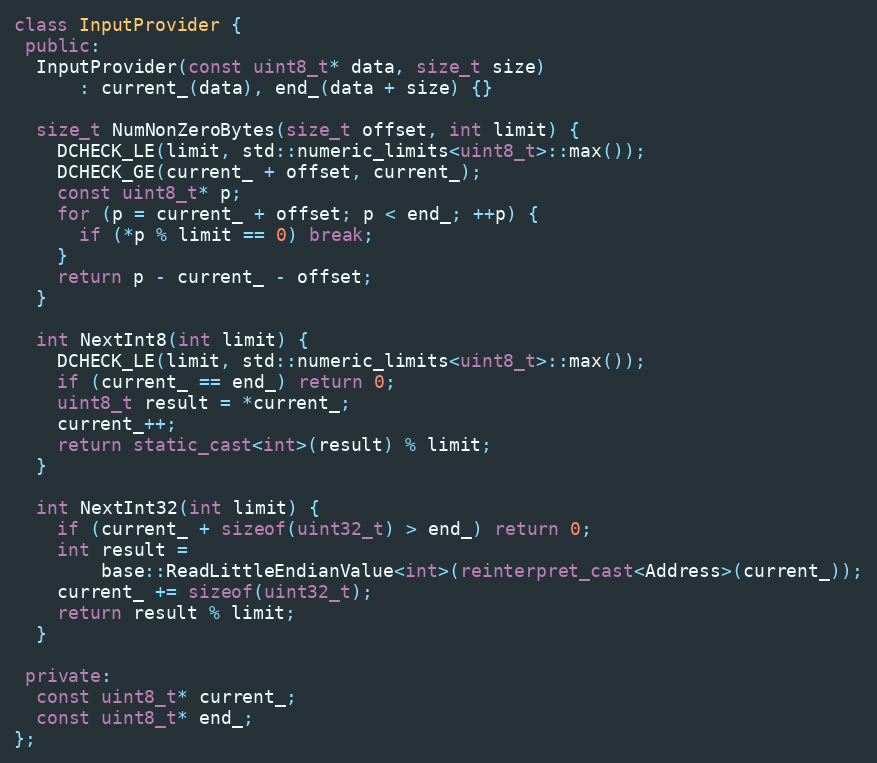
Language: C++
class InputProvider {
 public:
  InputProvider(const uint8_t* data, size_t size)
      : current_(data), end_(data + size) {}

  size_t NumNonZeroBytes(size_t offset, int limit) {
    DCHECK_LE(limit, std::numeric_limits<uint8_t>::max());
    DCHECK_GE(current_ + offset, current_);
    const uint8_t* p;
    for (p = current_ + offset; p < end_; ++p) {
      if (*p % limit == 0) break;
    }
    return p - current_ - offset;
  }

  int NextInt8(int limit) {
    DCHECK_LE(limit, std::numeric_limits<uint8_t>::max());
    if (current_ == end_) return 0;
    uint8_t result = *current_;
    current_++;
    return static_cast<int>(result) % limit;
  }

  int NextInt32(int limit) {
    if (current_ + sizeof(uint32_t) > end_) return 0;
    int result =
        base::ReadLittleEndianValue<int>(reinterpret_cast<Address>(current_));
    current_ += sizeof(uint32_t);
    return result % limit;
  }

 private:
  const uint8_t* current_;
  const uint8_t* end_;
};